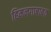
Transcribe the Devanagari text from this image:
हिमनगाबाबत